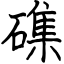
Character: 磼